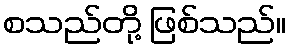
စသည်တို့ ဖြစ်သည်။